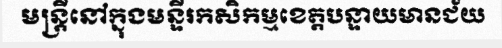
មន្ត្រីនៅក្នុងមន្ទីរកសិកម្មខេត្តបន្ទាយមានជ័យ